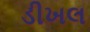
ડીખલ